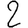
Digit: 2